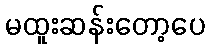
မထူးဆန်းတော့ပေ